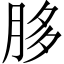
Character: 䏧